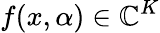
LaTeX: f(x,\alpha)\in\mathbb{C}^{K}